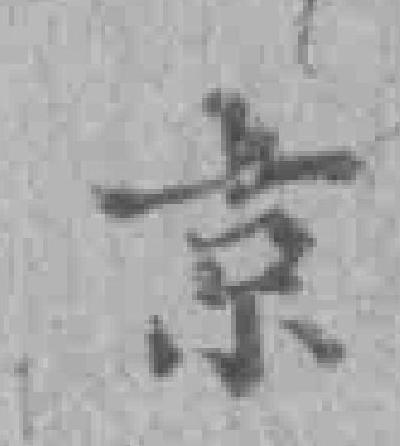
京